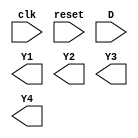
module FFD (input clk, reset, D, output reg Y1, Y2, Y3, Y4);
        always @ (posedge clk or posedge reset)begin
            if (reset) begin
                Q <= 1'b0;
            end
            else
                Q <= D;
        end
endmodule
module ejercicio3(input I1, I2, D1, D2, clk, reset, output wire Y1, Y2, Y3, Y4, Y5 output wire [4:0] Spres, Sfut);
    	wire S0, S1, S2, S0fut, S1fut, S2fut, S3, S3fut, S4, S4fut;

  not W0(NS0,S0);
  not W1(NS1,S1);
  not W2(NS2,S2);
  not W3(NS3,S3);
  not W4(NS4,S4);
  not W5(NI1,I1);
  not W6(NI2,I2);
  not W7(ND1,D1);
  not W8(ND2,D2);

	assign Ng = (NS0 & NS1 & NS2 & NS3 & NS4);

    	assign S0fut = (NI1 & NI2 & ND1 & ND2 & Ng)|(NI1 & NI2 & ND1 & ND2 & S0 & NS1 & NS2 & NS3 & NS4);
    	assign S1fut = (I1 & NI2 & ND1 & ND2 & Ng)|(I1 & NI2 & ND1 & ND2 & NS0 & S1 & NS2 & NS3 & NS4)|(I1 & NI2 & ND1 & ND2 & S0 & NS1 & NS2 & NS3 & NS4);
    	assign S2fut = (NI1 & I2 & ND1 & ND2 & Ng)|(NI1 & I2 & ND1 & ND2 & NS0 & NS1 & S2 & NS3 & NS4)|(NI1 & I2 & ND1 & ND2 & S0 & NS1 & NS2 & NS3 & NS4);
    	assign S3fut = (NI1 & NI2 & D1 & ND2 & Ng)|(NI1 & NI2 & D1 & ND2 & NS0 & NS1 & NS2 & S3 & NS4)|(NI1 & NI2 & D1 & ND2 & S0 & NS1 & NS2 & NS3 & NS4);
    	assign S4fut = (NI1 & NI2 & ND1 & D2 & Ng)|(NI1 & NI2 & ND1 & D2 & NS0 & NS1 & NS2 & NS3 & S4)|(NI1 & NI2 & ND1 & D2 & S0 & NS1 & NS2 & NS3 & NS4);

    	FFD U3(clk, reset, S0fut, S0);
    	FFD U4(clk, reset, S1fut, S1);
    	FFD U5(clk, reset, S2fut, S2);
    	FFD U6(clk, reset, S3fut, S3);
    	FFD U7(clk, reset, S4fut, S4);


	assign Y1 = S1;
    	assign Y2 = S2;
	assign Y3 = S3;
	assign Y4 = S4;

endmodule